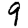
Digit: 9